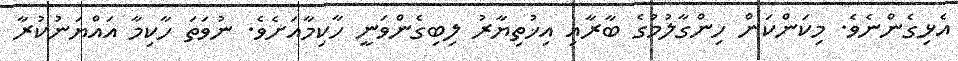
އެޅިގެންނެވެ. މިކަންކަން ހިންގާލުމުގެ ބާރާއި އިޚުތިޔާރު ލިބިގެންވަނީ ހާކިމާއަށެވެ. ނުވަތަ ހާކިމާ އައްޔަނުކުރާ